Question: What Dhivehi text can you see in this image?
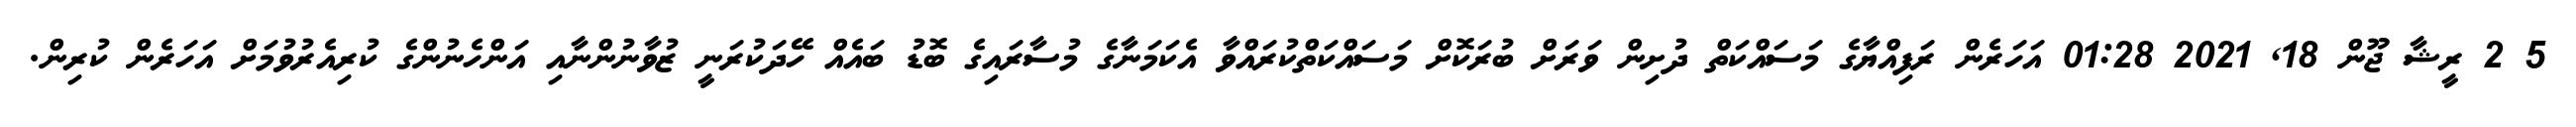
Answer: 5 2 ރީޝާ ޖޫން 18, 2021 01:28 އަހަރެން ރަފިއްޔާގެ މަސައްކަތް ދުށިން ވަރަށް ބުރަކޮށް މަސައްކަތްކުރައްވާ އެކަމަނާގެ މުސާރައިގެ ބޮޑު ބައެއް ހޭދަކުރަނީ ޒުވާނުންނާއި އަންހެނުންގެ ކުރިއެރުވުމަށް އަހަރެން ކުރިން.